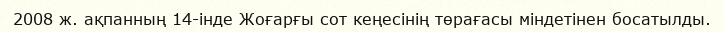
2008 ж. ақпанның 14-інде Жоғарғы сот кеңесінің төрағасы міндетінен босатылды.